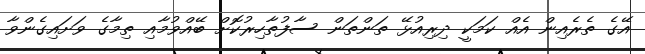
އޭގެ ތެރެއިން އެއް ކަމަކީ ދިރިއުޅޭ ތަންތަން ސާފުތާހިރުކޮށް ބޭއްވުމާއި ތިމާގެ ވަށައިގެންވާ